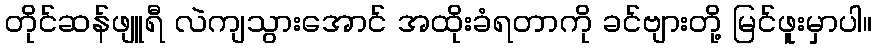
တိုင်ဆန်ဖျူရီ လဲကျသွားအောင် အထိုးခံရတာကို ခင်ဗျားတို့ မြင်ဖူးမှာပါ။